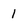
Character: 1